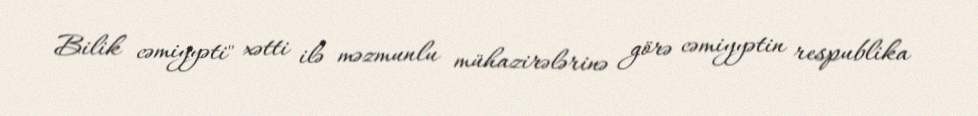
Bilik cəmiyyəti" xətti ilə məzmunlu mühazirələrinə görə cəmiyyətin respublika